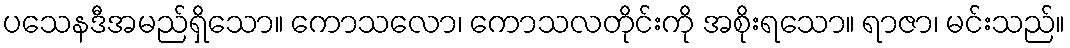
ပသေနဒီအမည်ရှိသော။ ကောသလော၊ ကောသလတိုင်းကို အစိုးရသော။ ရာဇာ၊ မင်းသည်။